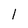
Character: l